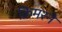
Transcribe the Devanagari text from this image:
क्रिमरने